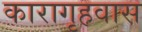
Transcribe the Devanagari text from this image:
कारागृहवास